Annual report on the working of the mental hospitals in the Madras Presidency - 1912-1932
Year: 1912
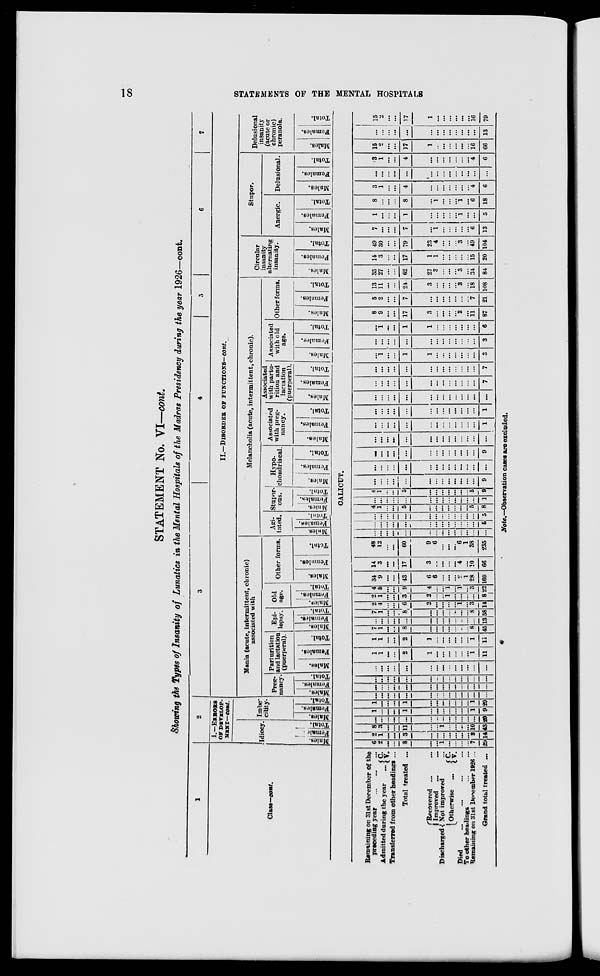
18
STATEMENTS OF THE MENTAL HOSPITALS
STATEMENT No. VI—cont.
Showing the Types of Insanity of Lunatics in the Mental Hospitals of the Madras Presidency during the year 1926—cont.
1
Class—cont.
2
I.—ERRORS
OF DEVELOP-
MENT—cont.
Idiocy.
Males.
Females.
Total.
Imbe-
cility.
Males.
Females.
Total.
3
4
5
6
7
II.—DISORDER OF FUNCTIONS—cont.
Mania (acute, intermittent, chronic)
associated with
Preg-
nancy.
Males.
Females.
Total.
Parturition
and lactation
(puerperal).
Males.
Females.
Total.
Epi-
lepsy.
Males.
Females.
Total.
Old
age.
Males.
Females.
Total.
Other forms.
Males.
Females.
Total.
Melancholia (acute, intermittent, chronic).
Agi-
tated.
Males.
Females.
Total.
Stupor-
ous.
Males.
Females.
Total.
Hypo-
chondriacal.
Males.
Females.
Total.
Associated
with preg-
nancy.
Males.
Females.
Total.
Associated
with partu-
rition and
lactation
(puerperal).
Males.
Females.
Total.
Associated
with old
age.
Males.
Females.
Total.
Other forms.
Males.
Females.
Total.
Circular
insanity
alternating
insanity.
Males.
Females.
Total.
Stupor.
Anergic.
Males.
Females.
Total.
Delusional.
Males.
Females.
Total.
Delusional
insanity
(acute or
chronic)
peranoia.
Males.
Females.
Total.
CALICUT.
Remaining on 31st December of the
preceding year
...
...
...
Admitted during the year
... C.
V.
Transferred from other headings ...
Total treated ...
Discharged
Recovered ... ...
Improved
... ...
Not improved ...
Otherwise
...
C.
V.
Died ... ... ... ...
To other headings ... ...
Remaining on 31st December 1926 ...
Grand total treated ...
6
2
...
...
8
...
...
1
...
...
...
...
7
29
2
1
...
...
3
...
...
...
...
...
...
...
3
14
8
3
...
...
11
...
...
1
...
...
...
...
10
43
...
...
...
...
...
...
...
...
...
...
...
...
...
20
1
...
...
...
1
...
...
...
...
...
...
...
1
9
1
...
...
...
1
...
...
...
...
...
...
...
1
29
...
...
...
...
...
...
...
...
...
...
...
...
...
...
...
...
...
...
...
...
...
...
...
...
...
...
...
...
...
...
...
...
...
...
...
...
...
...
...
...
...
...
...
...
...
...
...
...
...
...
...
...
...
...
...
...
1
1
...
...
2
1
...
...
...
...
...
...
1
11
1
1
...
...
2
1
...
...
...
...
...
...
1
11
7
1
...
...
8
...
...
...
...
...
...
...
8
45
...
...
...
...
...
...
...
...
...
...
...
...
...
13
7
1
...
...
8
...
...
...
...
...
...
...
8
58
2
4
...
...
6
2
...
...
...
...
1
...
3
14
2
1
...
...
3
2
...
...
1
...
...
...
...
8
4
5
...
...
9
4
...
...
1
...
1
...
3
22
34
9
...
...
43
6
6
...
...
...
2
1
28
169
14
3
...
...
17
3
...
...
...
...
4
...
10
66
48
12
...
...
60
9
6
...
...
...
6
1
38
235
...
...
...
...
...
...
...
...
...
...
...
...
...
...
...
...
...
...
...
...
...
...
...
...
...
...
...
5
...
...
...
...
...
...
...
...
...
...
...
...
...
5
4
1
...
...
5
...
...
...
...
...
...
...
5
8
...
...
...
...
...
...
...
...
...
...
...
...
...
1
4
1
...
...
5
...
...
...
...
...
...
...
5
9
...
...
...
...
...
...
...
...
...
...
...
...
...
9
...
...
...
...
...
...
...
...
...
...
...
...
...
...
...
...
...
...
...
...
...
...
...
...
...
...
...
9
...
...
...
...
...
...
...
...
...
...
...
...
...
...
...
...
...
...
...
...
...
...
...
...
...
...
...
1
...
...
...
...
...
...
...
...
...
...
...
...
...
1
...
...
...
...
...
...
...
...
...
...
...
...
...
...
...
...
...
...
...
...
...
...
...
...
...
...
...
7
...
...
...
...
...
...
...
...
...
...
...
...
...
7
...
1
...
...
1
1
...
...
...
...
...
...
...
3
...
...
...
...
...
...
...
...
...
...
...
...
...
3
...
1
...
...
1
1
...
...
...
...
...
...
...
6
8
9
...
...
17
3
...
...
...
...
3
...
11
87
5
2
...
...
7
...
...
...
...
...
...
...
7
21
13
11
...
...
24
3
...
...
...
...
3
...
18
108
35
27
...
...
62
22
3
...
...
...
3
...
34
84
14
3
...
...
17
1
1
...
...
...
...
...
15
20
49
30
...
...
79
23
4
...
...
...
3
...
49
104
7
...
...
...
7
...
1
...
...
...
...
...
6
13
1
...
...
...
1
...
...
...
...
...
1
...
...
5
8
...
...
...
8
...
1
...
...
...
1
...
6
18
3
1
...
...
4
...
...
...
...
...
...
...
4
6
...
...
...
...
...
...
...
...
...
...
...
...
...
...
3
1
...
...
4
...
...
...
...
...
...
...
4
6
15
2
...
...
17
1
...
...
...
...
...
...
16
66
...
...
...
...
...
...
...
...
...
...
...
...
...
13
15
2
...
...
17
1
...
...
...
...
...
...
16
79
Note.—Observation cases are excluded.